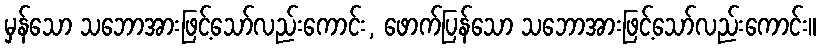
မှန်သော သဘောအားဖြင့်သော်လည်းကောင်း, ဖောက်ပြန်သော သဘောအားဖြင့်သော်လည်းကောင်း။